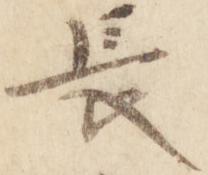
長